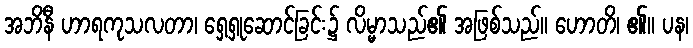
အဘိနီ ဟာရကုသလတာ၊ ရှေ့ရှုဆောင်ခြင်း၌ လိမ္မာသည်၏ အဖြစ်သည်။ ဟောတိ၊ ၏။ ပန၊